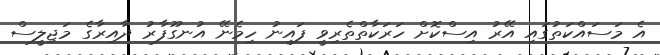
އެ މަސައްކަތުގައި އޭރު އިސްކޮށް ހަރަކާތްތެރިވީ ފައިނު ހިމެނޭ އުނގޫފާރު ދާއިރާގެ މަޖިލީސް